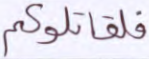
فلقاتلوكم